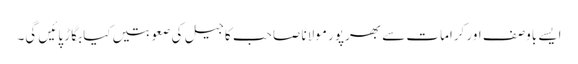
ایسے باوصف اور کرامات سے بھرپور مولانا صاحب کا جیل کی صعوبتیں کیا بگاڑ پائیں گی۔